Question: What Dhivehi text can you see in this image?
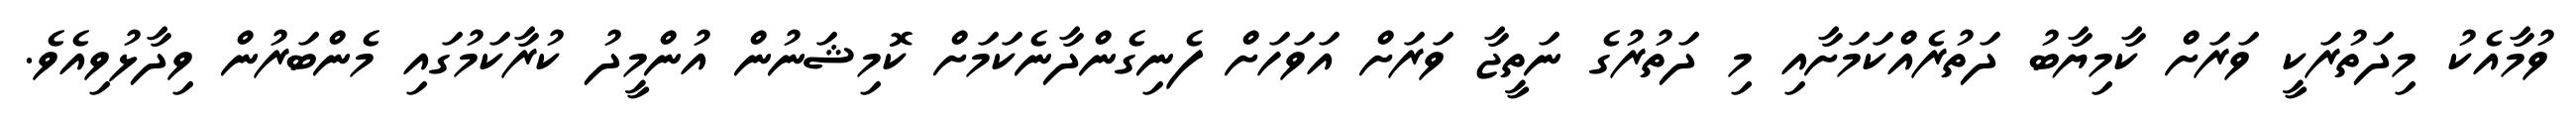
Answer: ވުމާއެކު މިދަތުރަކީ ވަރަށް ކާމިޔާބު ދަތުރެއްކަމަށާއި މި ދަތުރުގެ ނަތީޖާ ވަރަށް އަވަހަށް ފެނިގެންދާނެކަމަށް ކޮމިޝަނުން އުންމީދު ކުރާކަމުގައި މެންބަރުން ވިދާޅުވިއެވެ.